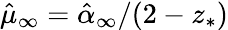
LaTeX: \hat{\mu}_{\infty}=\hat{\alpha}_{\infty}/(2-z_{*})